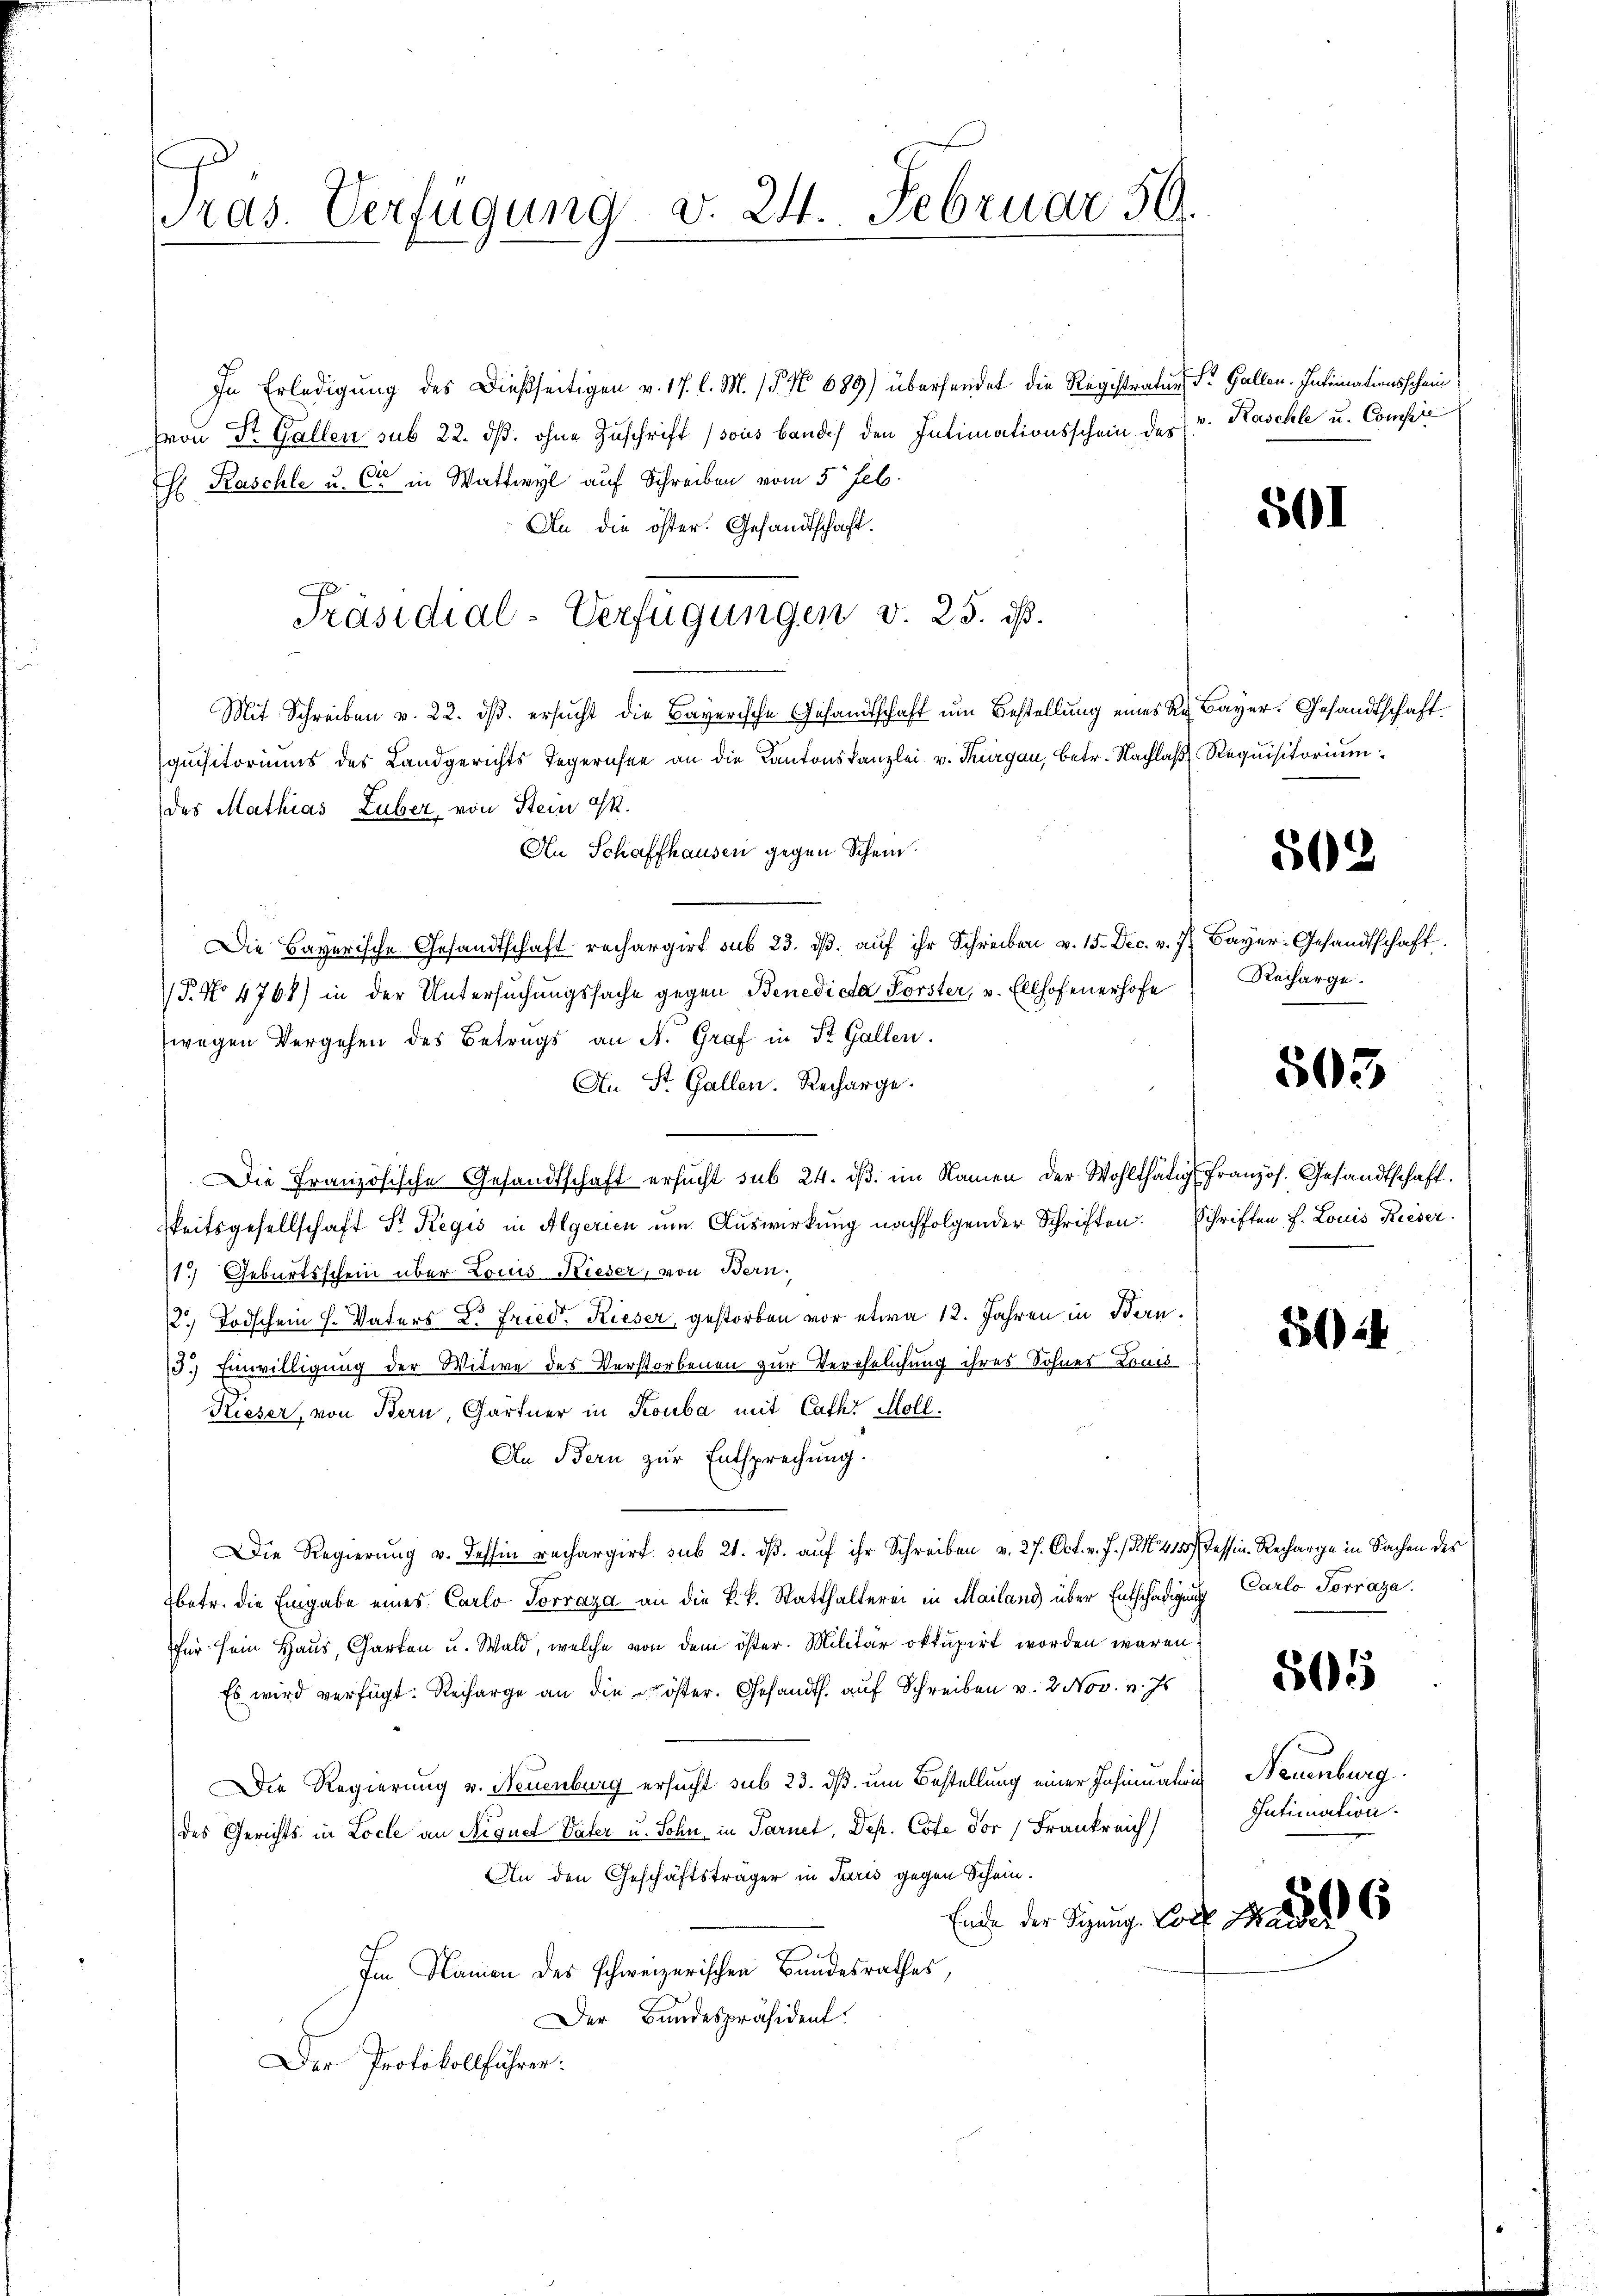
Pras. Verfügung v. 24. Februar 59.

In Erledigung des Dießseitigen v. 17. l. M. (§ No 689) übersendet die Registratur, St. Gallen. Intimationsschein
(von Dr. Gallen sub 22. dß. ohne Zuschrift (sous bandes den Intimationsschein des
H Raschle u. Cie in Wattwyl auf Schreiben vom 5 Feb.
An die öster. Gesandtschaft.
Mit Schreiben v. 22. ds. ersucht die Bayerische Gesandtschaft um Bestellung eines R. Bayer. Gesandtschaftquisitoriums des Landgerichts Tegerichen an die Kantonskanzlei v. Thurgau, betr. Nachlaß Requisitorium
des Mathias Luber, von Stein Gst.
An Schaffhausen gegen Schein.
Die Bayerische Gesandtschaft rechargirt sub 23. dβ. aŭf ihr Schreiben v. 15. Dec. v. 7. Bayer. Gesandtschaft
P. No 4768) in der Untersuchungssache gegen Benedicta Forster, v. Ellhofenerhofe
wegen Vergehen des Betrags an N. Graf in St. Gallen.
An St. Gallen. Recharge.
Die Französische Gesandtschaft ersucht sub 24. dβ im Namen der Wohlthätig französ. Gesandtschaft.
keitsgesellschaft Sr. Regis in Algerien um Auswirkung nachfolgender Schriften. Schriften f. Louis Kieser
1.) Geburtsschein über Louis Rieder, von Bern,
2. Todschein H. Vaters K. Fried. Rieser, gestorben vor etwa 12. Jahren in Bern.
73.) Einwilligung der Witwe des Verstorbenen zur Verehelichung ihres Sohnes Louis-
Rieser, von Bern, Gärtner in Kouba mit Cathe Holl.
An Bern zur Entsprechung.
Die Regierung v. dessin rechargirt sub 21. dß. auf ihr Schreiben v. 27. Oct. v. J. / 415.) Tessin. Recharge in Sachen des
betr. die Eingabe eines Carlo Torraza an die k.k. Statthalterei in Mailand über Entschädigung Carlo Torraza.
für sein Haus, Garten u. Wald, welche von dem öster. Militär okkupirt worden waren:
Es wird verfügt. Recharge an die öster. Gesandts. auf Schreiben v. 2. Nov. v. Js
Die Regierung v. Neuenburg ersucht sub 23. ds um Bestellung einer Insinuations Neuenburg
des Gerichts in Loche an Neiguet Vater u. Sohn in Parnet, Dep. Cote der Frankreich
An den Geschäftsträger in Paris gegen Schein¬
Ende der Signung. Dorf an
Im Namen des schweizerischen Bandesrathes,
Der Bundespräsident.
Der Protokollführer:

Präsidial-Verfügungen v. 25. ds.

v. Raschle u. Compre

501

502

Recharge.

503

524

505

Intimation.